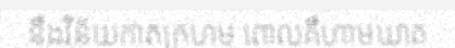
នឹងវិន័យកាតក្រហម ពោលគឺហាមឃាត